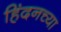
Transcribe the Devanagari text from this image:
हिंदनच्या